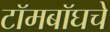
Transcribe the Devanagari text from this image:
टॉमबॉघचे